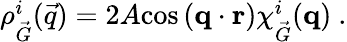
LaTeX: \begin{array}{r}{\rho_{\vec{G}}^{i}(\vec{q})=2A\textnormal{cos}\left(\mathbf{q}\cdot\mathbf{r}\right)\chi_{\vec{G}}^{i}(\mathbf{q})\ .}\end{array}